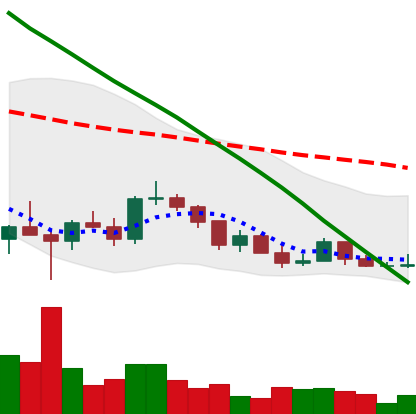
Ticker: ADA-USD
Chart end date: 2022-03-13
Forward return: 7.894%
Label: up_7plus